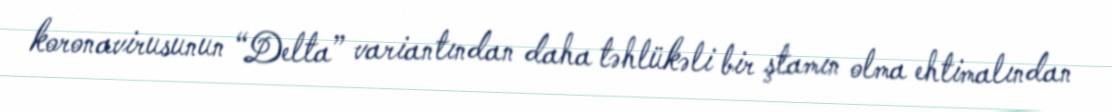
koronavirusunun “Delta” variantından daha təhlükəli bir ştamın olma ehtimalından